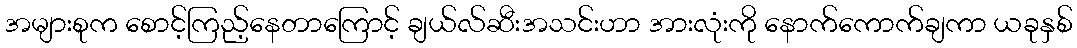
အများစုက စောင့်ကြည့်နေတာကြောင့် ချယ်လ်ဆီးအသင်းဟာ အားလုံးကို နောက်ကောက်ချကာ ယခုနှစ်